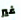
غير